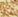
مرة